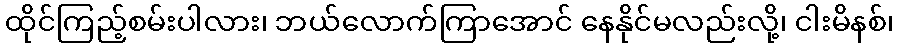
ထိုင်ကြည့်စမ်းပါလား၊ ဘယ်လောက်ကြာအောင် နေနိုင်မလည်းလို့၊ ငါးမိနစ်၊